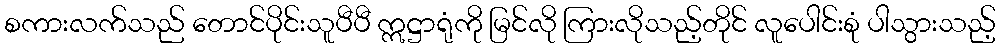
စကားလက်သည် တောင်ပိုင်းသူပီပီ ဣဋ္ဌာရုံကို မြင်လို ကြားလိုသည့်တိုင် လူပေါင်းစုံ ပါသွားသည့်